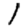
Digit: 1